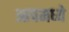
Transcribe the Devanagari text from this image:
आपमध्ये